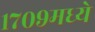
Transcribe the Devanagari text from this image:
१७०९मध्ये